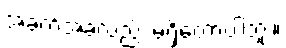
အခက်အခဲလည်း မရှိတော့ပါဘူး။